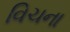
વિચના